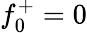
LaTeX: f_{0}^{+}=0